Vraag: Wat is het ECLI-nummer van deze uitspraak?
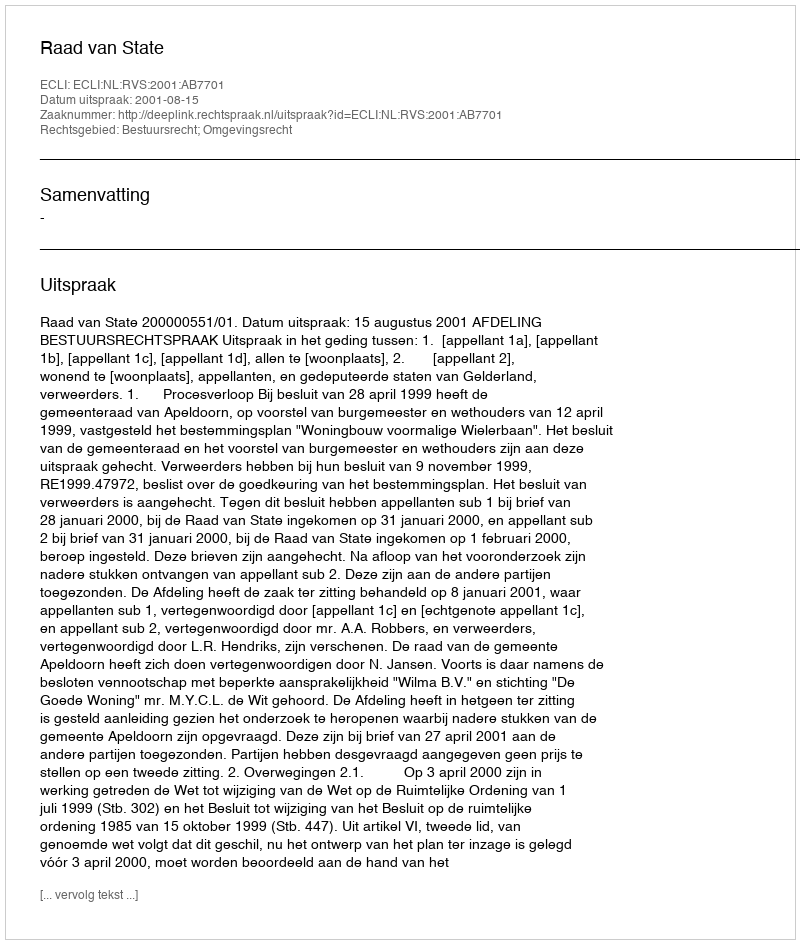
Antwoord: ECLI:NL:RVS:2001:AB7701